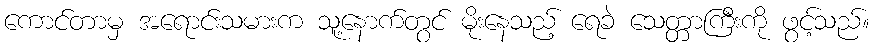
ကောင်တာမှ အရောင်းသမားက သူ့နောက်တွင် မိုးနေသည့် ရေခဲ သေတ္တာကြီးကို ဖွင့်သည်။